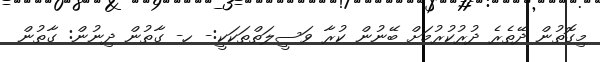
މިގޮތުން ދޭތެރެ ދުރުކުރުމަށް ބޭނުން ކުރާ ވަސީލަތްތަކަކީ:- ހ- ގާތުން ދިނުން: ގާތުން